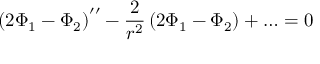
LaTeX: \left( 2 \Phi _ { 1 } - \Phi _ { 2 } \right) ^ { \prime \prime } - \frac { 2 } { r ^ { 2 } } \left( 2 \Phi _ { 1 } - \Phi _ { 2 } \right) + \ldots = 0